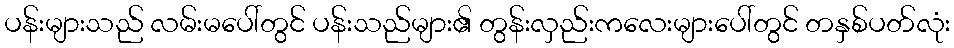
ပန်းများသည် လမ်းမပေါ်တွင် ပန်းသည်များ၏ တွန်းလှည်းကလေးများပေါ်တွင် တနှစ်ပတ်လုံး